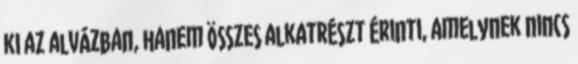
ki az alvázban, hanem összes alkatrészt érinti, amelynek nincs